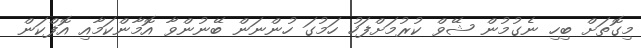
މިގޮތަށް ބިހި ނެގުމުން ޝޭވް ކުރުމަށްފަހު ހަމުގަ ހުންނަން ބޭނުންވާ އޮމާންކަމާއި އޮފްކަން